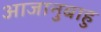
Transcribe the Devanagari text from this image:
आजानुबाहु